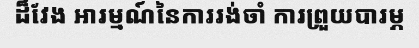
ដ៏វែង អារម្មណ៍នៃការរង់ចាំ ការព្រួយបារម្ភ